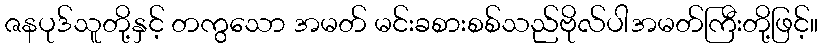
ဇနပုဒ်သူတို့နှင့် တကွသော အမတ် မင်းခစားစစ်သည်ဗိုလ်ပါအမတ်ကြီးတို့ဖြင့်။